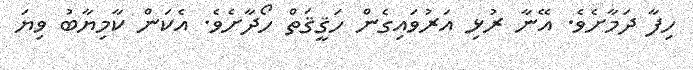
ހިފާ ދަމާށެވެ. އޭނާ ރުޅި އަރުވައިގެން ހަޤީޤަތް ހޯދާށެވެ. އެކަން ކާމިޔާބު ވިޔަ